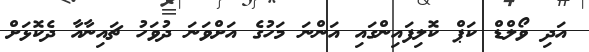
އަދި ވޯލްޑް ކަޕް ކޮލިފައިންގައި އަންނަ މަހުގެ އަށްވަނަ ދުވަހު ޗައިނާއާ ދެކޮޅަށް